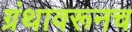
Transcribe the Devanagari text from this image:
ग्रंथावरूनच